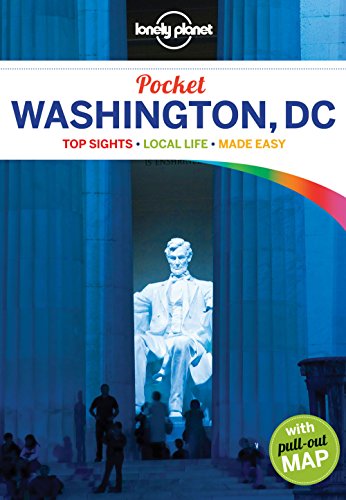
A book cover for Lonely Planet Pocket Washington, DC (Travel Guide); Lonely Planet; Travel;